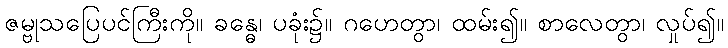
ဇမ္ဗုသပြေပင်ကြီးကို။ ခန္ဓေ၊ ပခုံး၌။ ဂဟေတွာ၊ ထမ်း၍။ စာလေတွာ၊ လှုပ်၍။